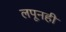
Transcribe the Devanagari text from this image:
लपूनही